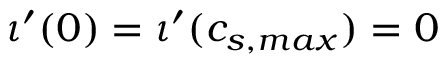
\iota ^ { \prime } ( 0 ) = \iota ^ { \prime } ( c _ { s , m a x } ) = 0